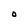
Character: O